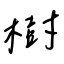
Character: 樹